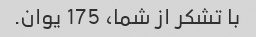
با تشکر از شما، 175 یوان.